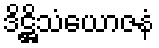
ဒိဋ္ဌိသံယောဇနံ